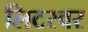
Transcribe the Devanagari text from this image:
लिटरवर